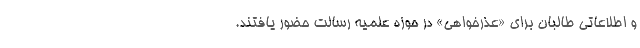
و اطلاعاتی طالبان برای «عذرخواهی» در حوزه علمیه رسالت حضور یافتند.